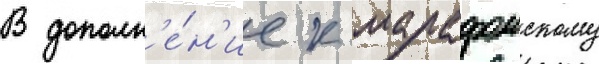
В дополн'е́н'ие к марафонскому